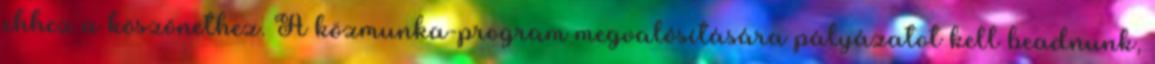
ehhez a köszönethez. A közmunka-program megvalósítására pályázatot kell beadnunk,